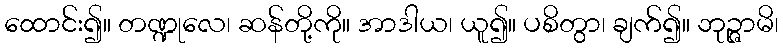
ထောင်း၍။ တဏ္ဍုလေ၊ ဆန်တို့ကို။ အာဒါယ၊ ယူ၍။ ပစိတွာ၊ ချက်၍။ ဘုဉ္ဇာမိ၊